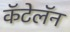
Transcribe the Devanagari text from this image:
कॅटेलॅन